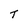
Character: T